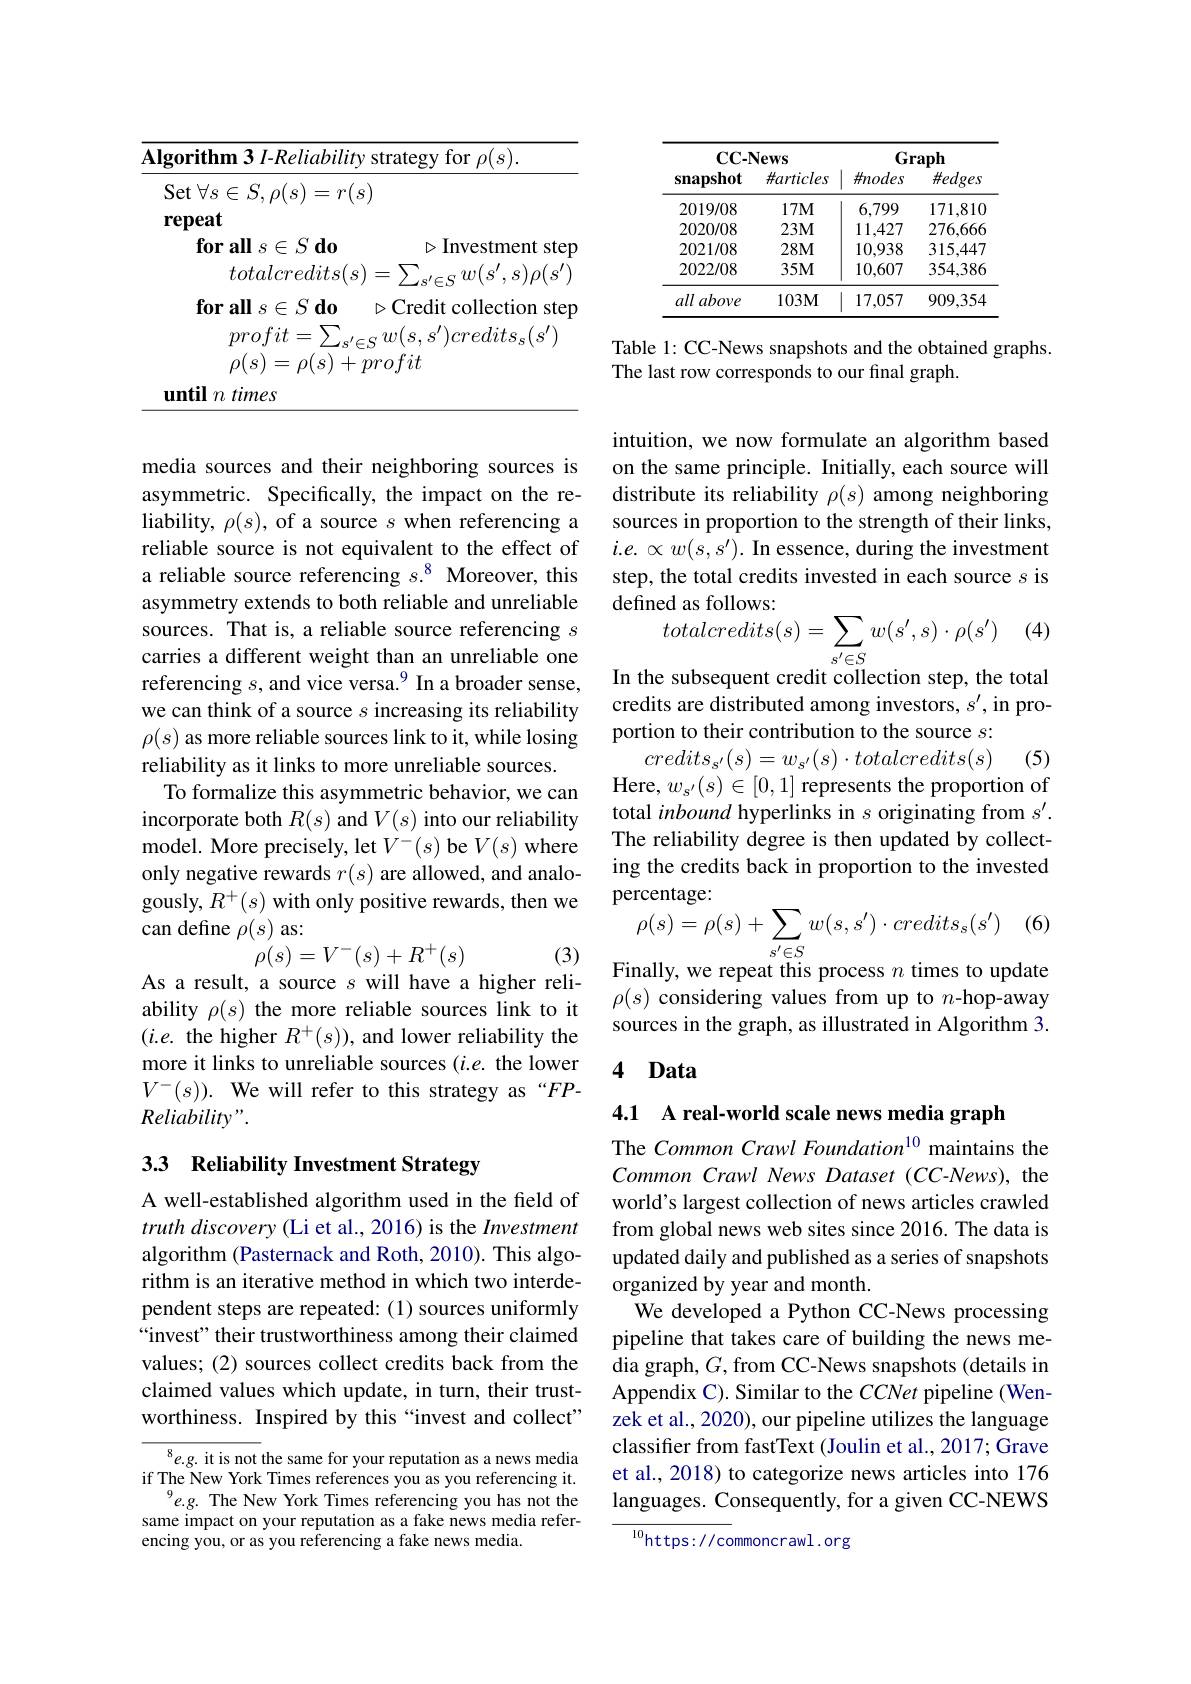
<table>
	<tbody>
		<tr>
			<th>$\mathbf{Algorithm3}\textit{I- Reliability strat}$</th>
			<th>$\overline{\mathbf{Alg}}$</th>
			<th>oility strategy for $\rho(s).$</th>
		</tr>
	</tbody>
</table>

media sources and their neighboring sources is asymmetric. Specifically, the impact on the reliability, $\rho(s)$, of a source $s$ when referencing a reliable source is not equivalent to the effect of a reliable source referencing $s.^{8}$ Moreover, this asymmetry extends to both reliable and unreliable sources. That is, a reliable source referencing $s$ carries a different weight than an unreliable one referencing $s$, and vice versa.$^9$ In a broader sense, we can think of a source $s$ increasing its reliability $\rho(s)$ as more reliable sources link to it, while losing reliability as it links to more unreliable sources.
To formalize this asymmetric behavior, we can incorporate both $R(s)$ and $V(s)$ into our reliability model. More precisely, let $V^-(s)$ be $V(s)$ where only negative rewards $r(s)$ are allowed, and analogously, $R^+(s)$ with only positive rewards, then we can define $\rho(s)$ as:
$$\rho(s)=V^{-}(s)+R^{+}(s)$$
(3)

As a result, a source $s$ will have a higher reli-

ability $\rho(s)$ the more reliable sources link to it $(i.e.$ the higher $R^+(s))$, and lower reliability the more it links to unreliable sources $(i.e.$ the lower $V^{- }( s) ) . \textbf{We will refer to this strategy as}“ FP-$ Reliability".

## 33 Reliability Investment Strategy

A well-established algorithm used in the field of truth discovery (Li et al., 2016) is the Investment algorithm (Pasternack and Roth, 2010). This algorithm is an iterative method in which two interdependent steps are repeated: (1) sources uniformly “invest" their trustworthiness among their claimed values; (2) sources collect credits back from the claimed values which update, in turn, their trustworthiness. Inspired by this “invest and collect"

${{^8e.g.~it~is~not~the~same~for~your~reputation~as~a~news~media}}$ if The New York Times references you as you referencing it.
$^{9}e.g.$ The New York Times referencing you has not the same impact on your reputation as a fake news media referencing you, or as you referencing a fake news media.

<table>
	<tbody>
		<tr>
			<th colspan="2">$\mathbf{CC-News}$</th>
			<th colspan="2">Graph</th>
		</tr>
		<tr>
			<th>snapshot</th>
			<th>$\#articles$</th>
			<th>$\#nodes$</th>
			<th>$\#edges$</th>
		</tr>
		<tr>
			<td>2019/08</td>
			<td>$17M$</td>
			<td>6,799</td>
			<td>171,810</td>
		</tr>
		<tr>
			<td>2020/08</td>
			<td>$23M$</td>
			<td>11,427</td>
			<td>276.666</td>
		</tr>
		<tr>
			<td>2021/08</td>
			<td>$28M$</td>
			<td>10,938</td>
			<td>315,447</td>
		</tr>
		<tr>
			<td>2022/08</td>
			<td>$35M$</td>
			<td>10,607</td>
			<td>354,386</td>
		</tr>
		<tr>
			<td>all above</td>
			<td>$103M$</td>
			<td>17,057</td>
			<td>909,354</td>
		</tr>
	</tbody>
</table>

Table 1: CC-News snapshots and the obtained graphs.
The last row corresponds to our final graph.

intuition, we now formulate an algorithm based on the same principle. Initially, each source will distribute its reliability $\rho(s)$ among neighboring sources in proportion to the strength of their links, $i.e.\propto w(s,s^{\prime}).$ In essence, during the investment step, the total credits invested in each source $s$ is defined as follows:
$$\begin{array}{l}{{\textbf{cu as ronows.}}}\\{totalcredits(s)=\sum_{s^{\prime}\in S}w(s^{\prime},s)\cdot\rho(s^{\prime})}\\\end{array}$$
(4)

In the subsequent credit collection step, the total credits are distributed among investors, $s^\prime$, in proportion to their contribution to the source $s:$
$credits_{s^{\prime}}(s)=w_{s^{\prime}}(s)\cdot totalcredits(s)$

(5)
Here, $w_s^{\prime}(s)\in[0,1]$ represents the proportion of

total inbound hyperlinks in $s$ originating from $s^\prime.$ The reliability degree is then updated by collecting the credits back in proportion to the invested percentage:
$$\rho(s)=\rho(s)+\sum_{s'\in S}w(s,s')\cdot credits_{s}(s')$$
(6

Finally, we repeat this process $n$ times to update

$\rho(s)$ considering values from up to $n$-hop-away sources in the graph, as illustrated in Algorithm 3.

## 4 Data

4.1 A real-world scale news media graph

The Common Crawl Foundation$^{10}$ maintains the Common Crawl News Dataset (CC-News), the world's largest collection of news articles crawled from global news web sites since 2016. The data is updated daily and published as a series of snapshots organized by year and month.
We developed a Python CC-News processing pipeline that takes care of building the news media graph, $G$, from CC-News snapshots (details in Appendix C). Similar to the CCNet pipeline (Wenzek et al., 2020), our pipeline utilizes the language classifer from fastText (Joulin et al., 2017; Grave et al., 2018) to categorize news articles into 176 languages. Consequently, for a given CC-NEWS

$^{10}$https://commoncrawl.org